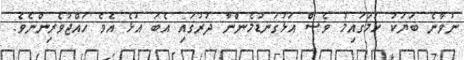
ނުވާނެ ބަޔަކު ހަމަގައިމު ވެސް އަޅުގަނޑުމެންނާ ދުރުގައި އެބަ އުޅެ އެވެ ހައްޖުވެރިންނެވެ.